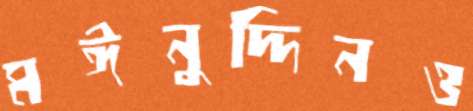
মঈনুদ্দিনও